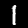
Digit: 1